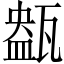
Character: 𤭹